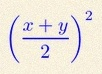
\left(\frac{x+y}{2}\right)^2